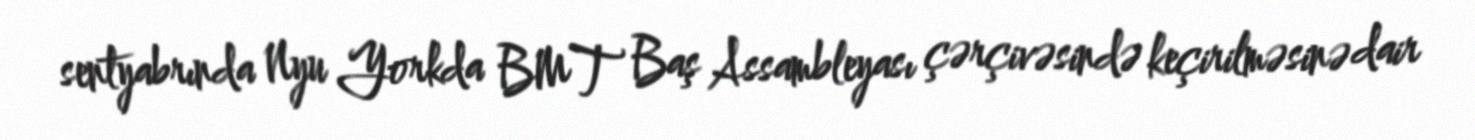
sentyabrında Nyu Yorkda BMT Baş Assambleyası çərçivəsində keçirilməsinə dair